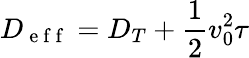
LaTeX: D_{\mathrm{~e~f~f~}}=D_{T}+\frac{1}{2}v_{0}^{2}\tau